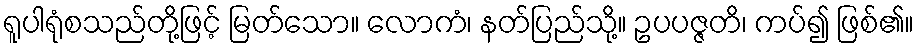
ရူပါရုံစသည်တို့ဖြင့် မြတ်သော။ လောကံ၊ နတ်ပြည်သို့။ ဥပပဇ္ဇတိ၊ ကပ်၍ ဖြစ်၏။